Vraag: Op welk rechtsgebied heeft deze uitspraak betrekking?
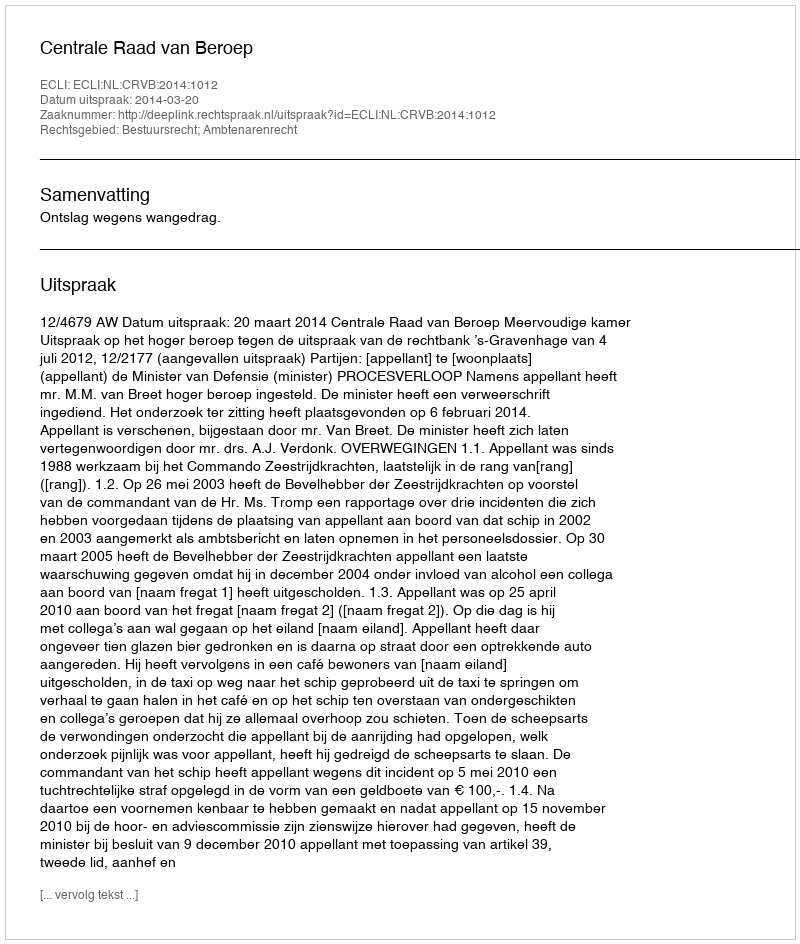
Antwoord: Bestuursrecht; Ambtenarenrecht